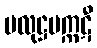
ပလုဋ္ဌမက္ကဋီ